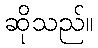
ဆိုသည်။